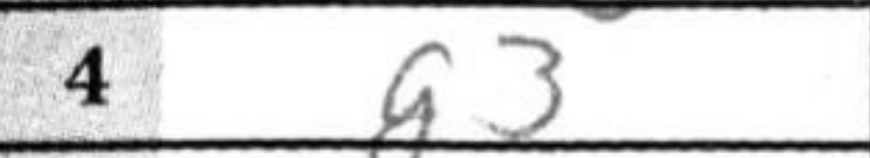
Transcription: g3